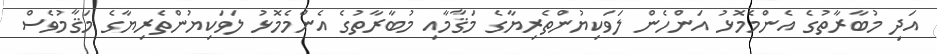
އަދި މުބާރާތުގެ އެންމެމޮޅު އަންހެން ލަވަކިޔުންތެރިޔާގެ މަޤާމާއި މުބާރާތުގެ އެންމެމޮޅު ލަވަކިޔުންތެރިޔާގެ މަޤާމުވެސް